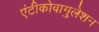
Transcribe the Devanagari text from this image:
एंटीकोवागुलेशन